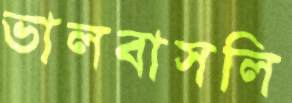
ভালবাসলি